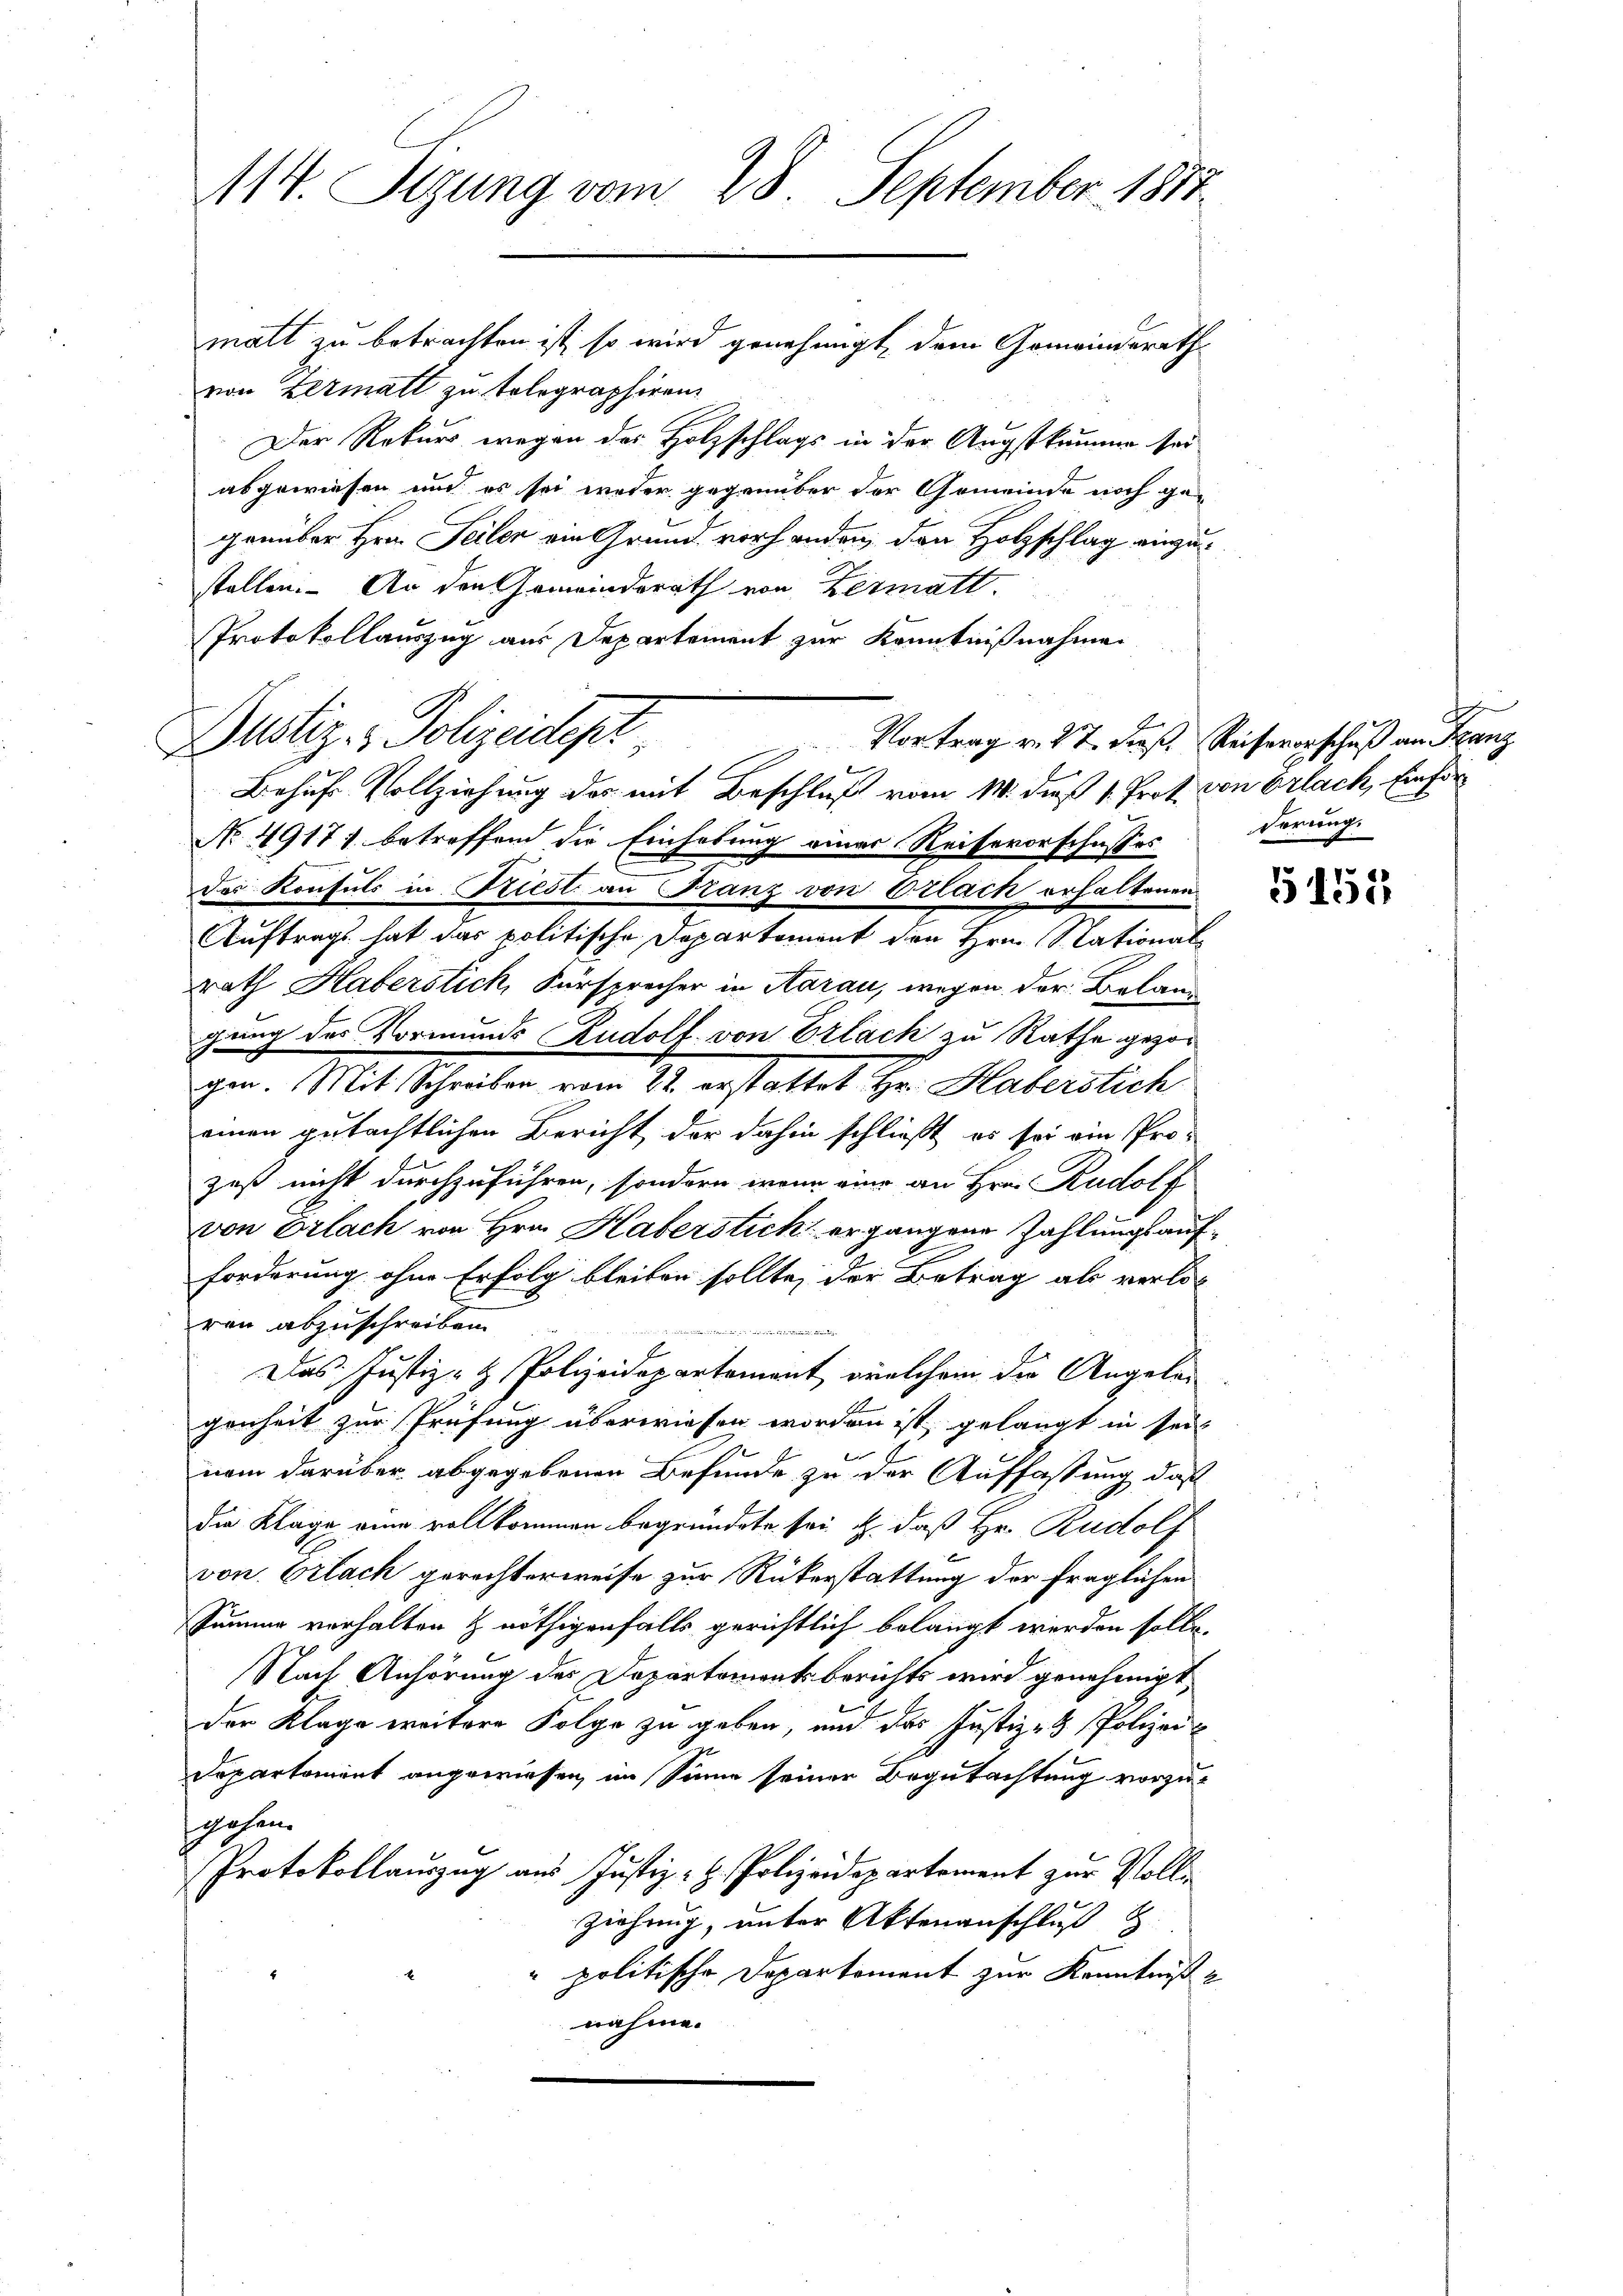
114. Sizung vom 28. September 1817.

von Zermatt zu telegraphiren.
Der Rekurs wegen des Holzschlags in der Augstkamme sei
abgewiesen und es sei weder gegenüber der Gemeinde noch ge-
genüber Hrn. Seiler ein Grund vorhanden, den Holzschlag einzustellen. An den Gemeinderath von Zermatt.
Protokollauszug aus Departement zur Kenntnißnahme
2
Dustiz- & Polizeidept,
Vortrag v. 27. dieß, Reisevorschuß an Franz

matt zu betrachten ist, so wird genehmigt, dem Gemeinderath

Behufs Vollziehung des mit Beschluß vom 14. dieß 1. Prot. Von Erlach, Einför

No 49171 betreffend die Einhebung einer Reisevorschusses
der Konsuls in riest an Franz von Erlach erhaltenen
Auftrags hat das politische Departement den Hrn. Nationalrath Haberstich, Fürsprecher in Aarau, wegen der Belang
gang des Vormunds Rudolf von Erlach zu Rathe gezogen. Mit Schreiben vom 22. erstattet Hr. Haberstich
einen gutächtlichen Bericht der dahin schließt, es sei ein Pro-
zest nicht durchzuführen, sondern wenn eine an Hrn. Rudolf
von Erlach von Hrn. Haberstich ergangene Zahlungs aufforderung ohne Erfolg bleiben sollte, der Betrag als verloren abzuschreiben.
 Treuer in der
Das Justiz- & Polizeidepartement, welchem die Angeleg
genheit zur Prüfung überwiesen worden ist, gelangt in sei
nem darüber abgegebenen Befunde zu der Auffassung, daß
die Klage eine vollkommen begründete sei u. daß Hr. Rudolf
von Erlach gerechterweise zur Rükerstattung der fraglichen
Pämme verhalten & nöthigenfalls gerichtlich belangt werden solle.
Nach Anhörung des Departementsberichts wird genehmigt,
der Klage weitere Folge zu geben, und das Justiz- & Polizei¬
Departement angewiesen, im Sinne seiner Begutachtung vorzu-
gehen.
Protokollauszug aus Justiz- H. Polizeidepartement zur Volliziehung, unter Aktenanschluß d
" politische Departement zur Kenntniß z
nahme.

8
Förung.

1152